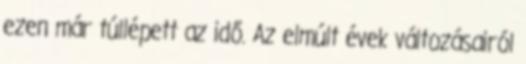
ezen már túllépett az idő. Az elmúlt évek változásairól